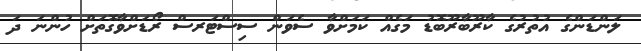
ލަންޑަންގެ އުތުރުގެ ކާރޫބާރޫބޮޑު މަގެއް ކަމަށްވާ ސެވަން ސިސްޓަރސް ރޯޑަށްވާގޮތަށް ހުންނަ ދަ